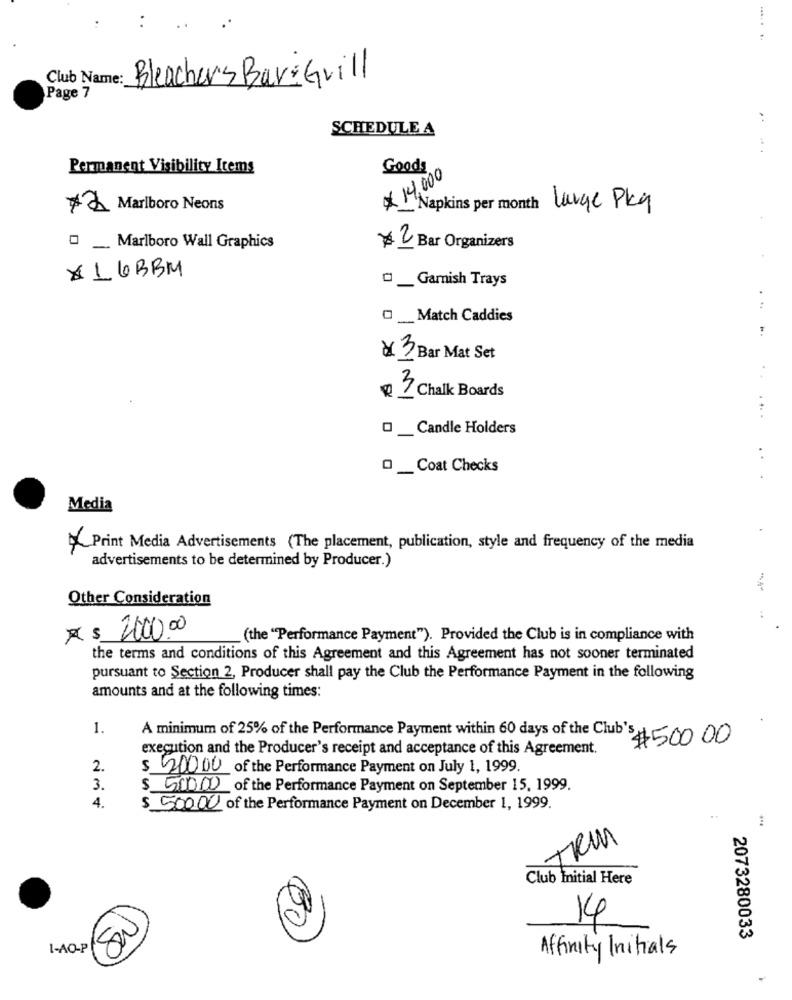
Club Name:
Bleachers Bar&Grill
Page 7
SCHEDULE A
Goods
Permanent Visibility Items
* 14,000
* Marlboro Neons
Napkins per month Large Pkg
_ Marlboro Wall Graphics
¥2 Bar Organizers
* 1 GBBM
_ Garnish Trays
O _Match Caddies
× 3 Bar Mat Set
Chalk Boards
. ...
O_ Candle Holders
. .
0 _Coat Checks
Media
Print Media Advertisements (The placement, publication, style and frequency of the media
advertisements to be determined by Producer.)
Other Consideration
R $ 2000.00
(the "Performance Payment"). Provided the Club is in compliance with
the terms and conditions of this Agreement and this Agreement has not sooner terminated
pursuant to Section 2, Producer shall pay the Club the Performance Payment in the following
amounts and at the following times:
1.
A minimum of 25% of the Performance Payment within 60 days of the Club's$500 00
execution and the Producer's receipt and acceptance of this Agreement.
2.
$ 50000 of the Performance Payment on July 1, 1999.
3.
$ 500.00 of the Performance Payment on September 15, 1999.
4.
$ 500.00 of the Performance Payment on December 1, 1999.
Club Initial Here
50
14
2073280033
1-AO-P
Affinity Initials